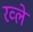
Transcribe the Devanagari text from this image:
रव्ले